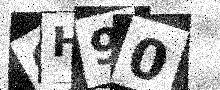
Text: QH90